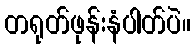
တရုတ်ဖုန်းနံပါတ်ပဲ။